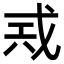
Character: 𢦶